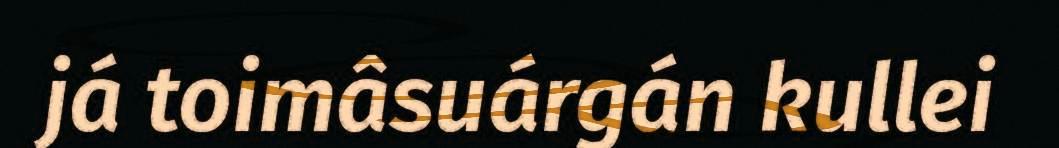
já toimâsuárgán kullei